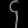
Digit: ၄